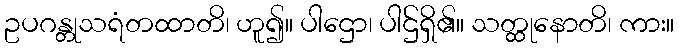
ဥပဂန္တုသရံတထာတိ၊ ဟူ၍။ ပါဌော၊ ပါဌ်ရှိ၏။ သတ္ထုနောတိ၊ ကား။